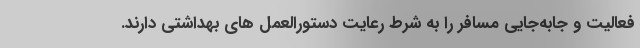
فعالیت و جابه‌جایی مسافر را به شرط رعایت دستورالعمل های بهداشتی دارند.